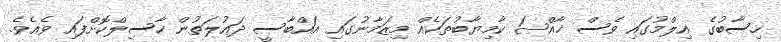
ހިސާބުގެ އިލްމުގައި ވެސް ޚާއްޞަ ކާމިޔާބުތަކެއް މިޒަމާނުގައި އައްބާސީ ދައުލަތުން ހާސިލްކޮށްފައި ވެއެވެ.